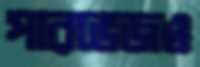
পারভেজও